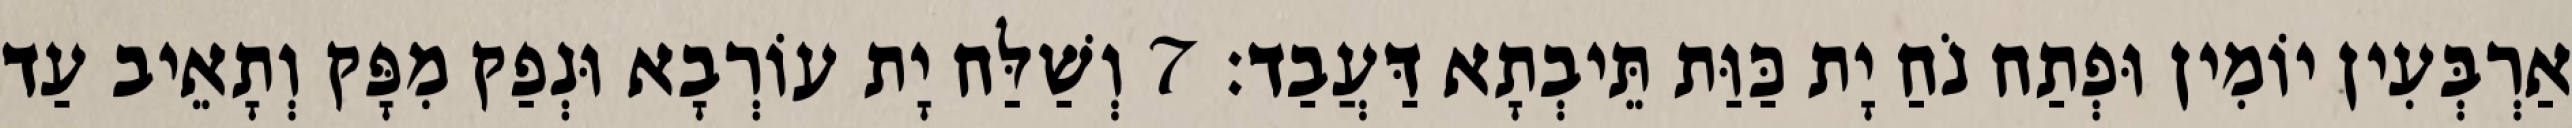
אַרְבְּעִין יוֹמִין וּפְתַח נֹחַ יָת כַּוַּת תֵּיבְתָא דַּעֲבַד׃ 7 וְשַׁלַּח יָת עוֹרְבָא וּנְפַק מִפָּק וְתָאֵיב עַד